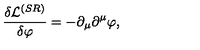
\frac { \delta \mathcal { L } ^ { ( S R ) } } { \delta \varphi } = - \partial _ { \mu } \partial ^ { \mu } \varphi ,